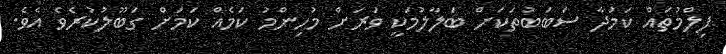
ފިލްމުތައް ކަމުދާ ސަބަބުތަކަށް ބަލާލުމަކީ ވަރަށް މުހިންމު ކަމެއް ކަމަށް ގަބޫލުކުރެވެ އެވެ.